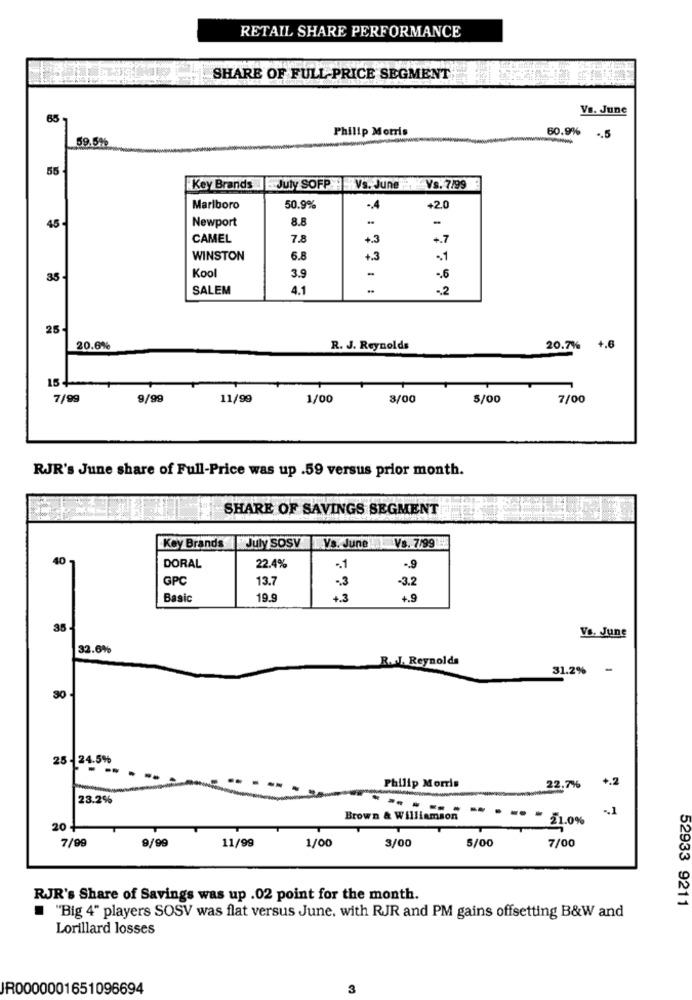
RETAIL SHARE PERFORMANCE
SHARE OF FULL PRICE SEGMENT
Vs. June
65
Philip Morris
60.9%
59.5%
.. 5
55
Key Brands July SOFP Vs. June . Vs.7/99
Marlboro
50.9%
.. 4
+2.0
Newport
8.8
-
45-
CAMEL
7.8
+.3
+.7
WINSTON
6.8
+.3
-
.. 6
35
Kool
3.9
SALEM
4.1
-2
25
20.6%
R. J. Reynolds
20.7%
+.6
15 4
7/99
9/99
11/99
1/00
3/00
5/00
7/00
RJR's June share of Full-Price was up .59 versus prior month.
SHARE OF SAVINGS SEGMENT
Key Brands
July sosV
Vs. June Vs. 7/99
40
DORAL
22.4%
-1
-9
GPC
13.7
-3
-3.2
Basic
19.9
+.3
4.9
35-
Vs. June
32.6%
R.l. Reynolds
31.2%
30
25 - 24.5%
+.2
Philip Morris
22.7%
23.2%
Brown & Williamson
------
20-
- 11.0%
7/99
9/99
11/99
1/00
3/00
5/00
7/00
RJR's Share of Savings was up .02 point for the month.
52933 9211
"Big 4" players SOSV was flat versus June, with RJR and PM gains offsetting B&W and
Lorillard losses
JR0000001651096694
3